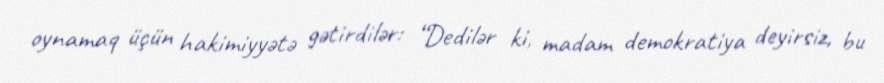
oynamaq üçün hakimiyyətə gətirdilər: “Dedilər ki, madam demokratiya deyirsiz, bu